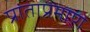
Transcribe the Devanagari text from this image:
प्रांताप्रमाणे